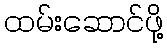
ထမ်းဆောင်ဖို့